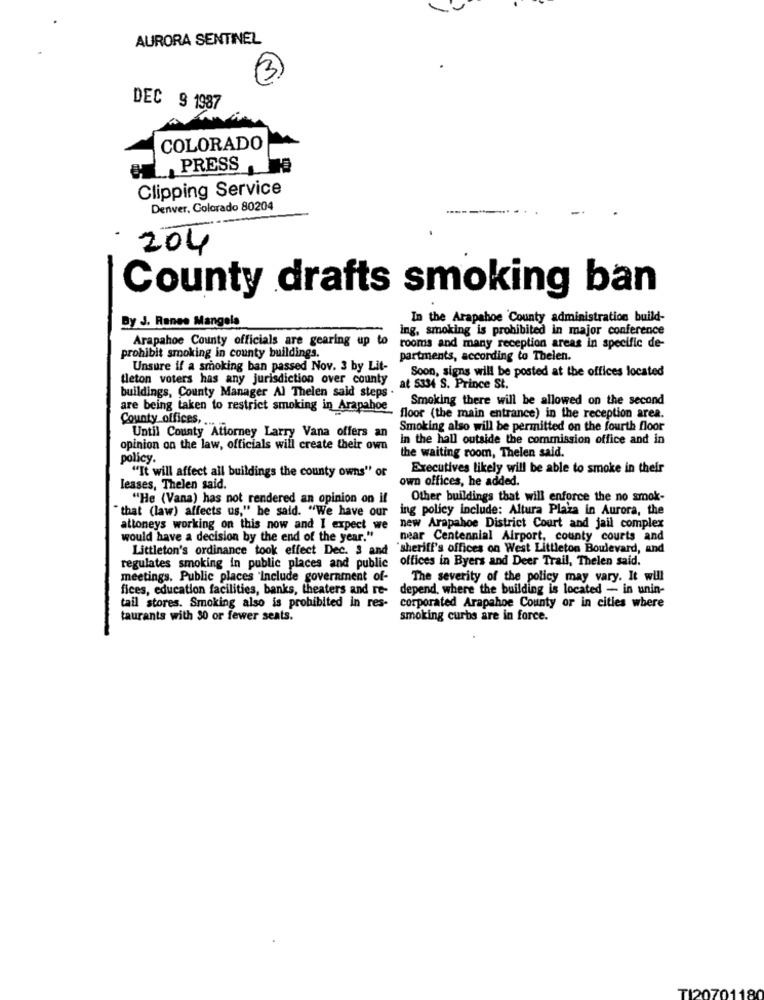
AURORA SENTINEL
DEC § 1987
COLORADO
PRESS
Clipping Service
Denver, Colorado 80204
204
County drafts smoking ban
By J. Ranes Mangela
In the Arapahoe County administration build-
ing, smoking is prohibited in major conference
Arapahoe County officials are gearing up to
rooms and many reception areas in specific de-
prohibit smoking in county buildings.
partments, according to Thelen.
Unsure if a smoking ban passed Nov. 3 by Lit-
Soon, signs will be posted at the offices located
tleton voters has any jurisdiction over county
buildings, County Manager Al Thelen said steps .
at 5334 S. Prince St.
Smoking there will be allowed on the second
are being taken to restrict smoking in Arapahoe
County offices, ..
floor (the main entrance) in the reception area.
Until County Attorney Larry Vana offers an
Smoking also will be permitted on the fourth floor
in the hall outside the commission office and in
opinion on the law, officials will create their own
policy.
the waiting room, Thelen said.
Executives likely will be able to smoke in their
"It will affect all buildings the county owns" or
own offices, he added.
leases, Thelen said.
"He (Vana) has not rendered an opinion on il
Other buildings that will enforce the no smok-
"that (law) affects us," he said. "We have our
ing policy include: Altura Plaza in Aurora, the
attoneys working on this now and I expect we
new Arapahoe District Court and jail complex
would have a decision by the end of the year."
near Centennial Airport, county courts and
Littleton's ordinance took effect Dec. 3 and
"sheriff's offices on West Littleton Boulevard, and
regulates smoking in public places and public offices in Byers and Deer Trail, Thelen said.
meetings. Public places 'Include government of-
The severity of the policy may vary. It will
fices, education facilities, banks, theaters and re-
depend, where the building is located - in unin-
tail stores. Smoking also is prohibited in res-
corporated Arapahoe County or in cities where
taurants with 30 or fewer seats.
smoking curbs are in force.
TI20